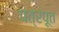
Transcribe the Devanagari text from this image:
पत्रपूत